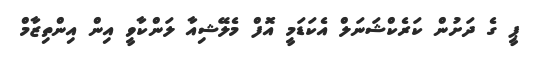
ޕީ ގެ ދަށުން ކަރެކްޝަނަލް އެކަޑަމީ އޮފް މެލޭޝިއާ ލަންކާވީ އިން އިންތިޒާމް